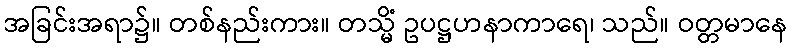
အခြင်းအရာ၌။ တစ်နည်းကား။ တသ္မိံ ဥပဋ္ဌဟနာကာရေ၊ သည်။ ဝတ္တမာနေ